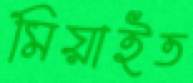
মিয়াইত